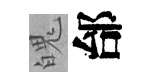
魄邰